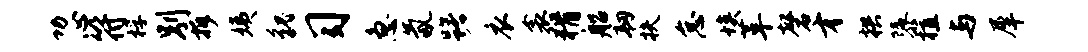
功心符桴别拆姨貌习急氤躇衣衾猾船韧扶怠埃革磬才拱隳植与犀